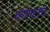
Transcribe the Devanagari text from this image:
वर्णगटांचे